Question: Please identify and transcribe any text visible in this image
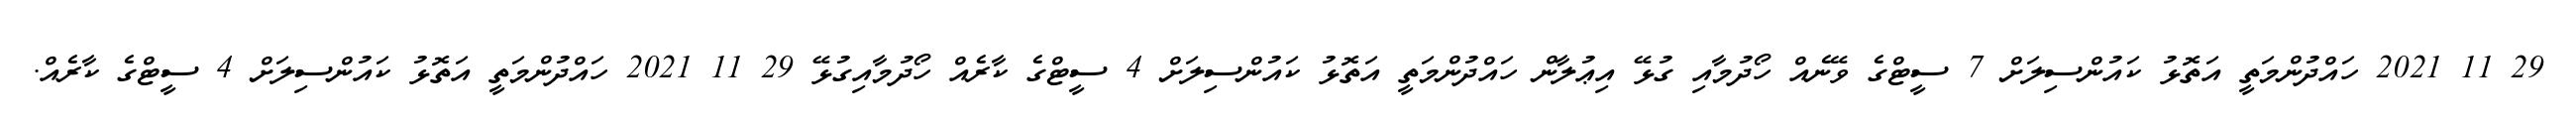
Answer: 29 11 2021 ހައްދުންމަތީ އަތޮޅު ކައުންސިލަށް 7 ސީޓްގެ ވޭނެއް ހޯދުމާއި ގުޅޭ އިޢުލާން ހައްދުންމަތީ އަތޮޅު ކައުންސިލަށް 4 ސީޓްގެ ކާރެއް ހޯދުމާއިގުޅޭ 29 11 2021 ހައްދުންމަތީ އަތޮޅު ކައުންސިލަށް 4 ސީޓްގެ ކާރެއް.